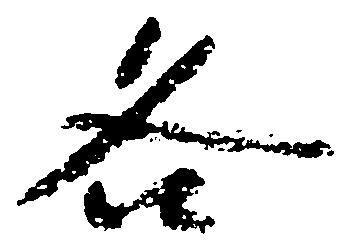
各